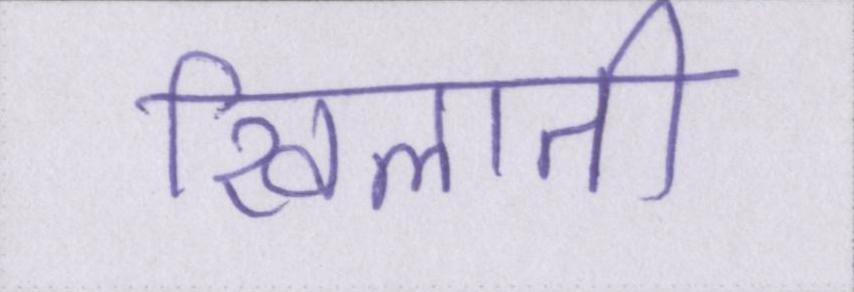
खिलाती